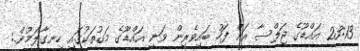
23:13 އައްޑޫގެ ޖަލްސާ އަށް ފަހު ބައިވެރިން ވަނީ އައްޑޫގެ މަގުތަކުގައި ހިނގާލަމުން.: